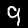
Label: 9